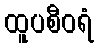
ထူပစီဝရံ